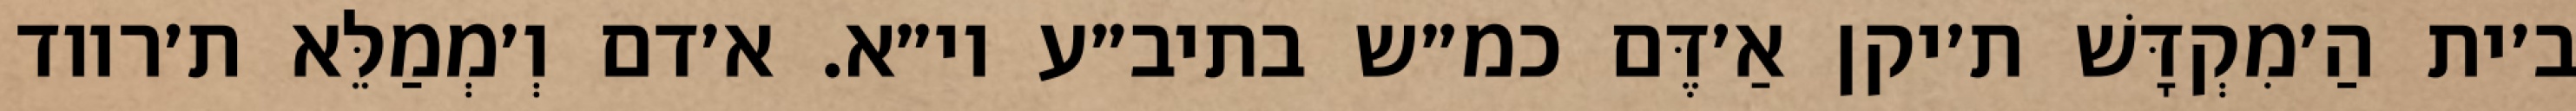
ב׳ית הַ׳מִקְדָּשׁ ת׳יקן אַ׳דֶּם כמ״ש בתיב״ע וי״א. א׳דם וְ׳מְמַלֵּא ת׳רווד